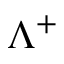
\Lambda ^ { + }